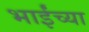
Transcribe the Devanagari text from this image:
भाईंच्या